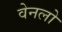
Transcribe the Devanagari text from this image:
वेनलो